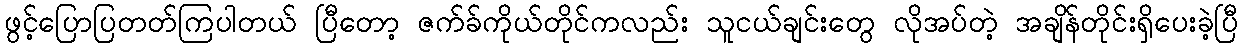
ဖွင့်ပြောပြတတ်ကြပါတယ် ပြီတော့ ဇက်ခ်ကိုယ်တိုင်ကလည်း သူငယ်ချင်းတွေ လိုအပ်တဲ့ အချိန်တိုင်းရှိပေးခဲ့ပြီ